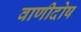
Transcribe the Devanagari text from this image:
वाणीदोष